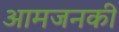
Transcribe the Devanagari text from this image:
आमजनकी